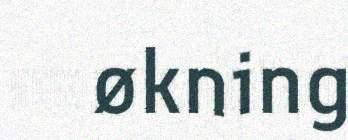
økning